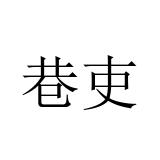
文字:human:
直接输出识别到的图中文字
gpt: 巷吏